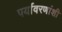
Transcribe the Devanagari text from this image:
पर्यावरणांशी